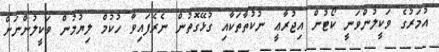
އުމަރުގެ ވަކީލުންވަނީ ކޯޓުން އިޖުރާޢީ ނުކުތާތަކާއި ގުޅޭގޮތުން ނެރެފައިވާ ހުކުމް ލިޔުމުން ވަކީލުންނަށް